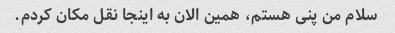
سلام من پنی هستم، همین الان به اینجا نقل مکان کردم.